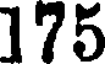
175